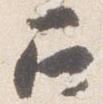
召